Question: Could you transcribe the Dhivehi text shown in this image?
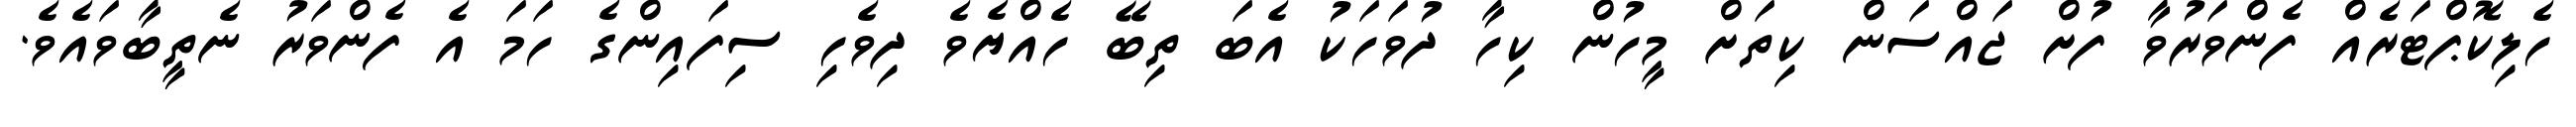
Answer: ހެލިކޮޕްޓަރެއް ފެންވަރުވާ ފުށް ޖައްސަން ކިތަށް މީހުން ކިހާ ދުވަހަކު އެބަ ތިބޭ ހެއްޔެވެ ދިވެހި ސިފައިންގެ ހަމަ އެ ފެންވަރު ނެތީބާވައެވެ.